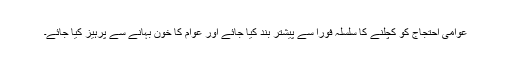
عوامی احتجاج کو کچلنے کا سلسلہ فوراً سے پیشتر بند کیا جائے اور عوام کا خون بہانے سے پرہیز کیا جائے۔